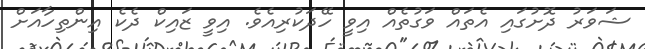
ޝަވަރު ދޮށުގައި އެތައް ވަގުތެއް އިވީ ހޭދަކުރިއެވެ. އިވީ ޒައިކް ދެކެ އިންތިހާއަށް